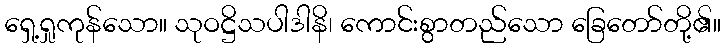
ရှေ့ရှုကုန်သော။ သုဝဋ္ဌိသပါဒါနိ၊ ကောင်းစွာတည်သော ခြေတော်တို့၏။